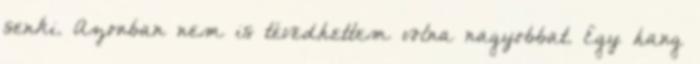
senki. Azonban nem is tévedhettem volna nagyobbat. Egy hang